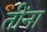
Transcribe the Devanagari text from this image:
तींना